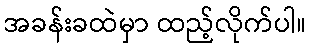
အခန်းခထဲမှာ ထည့်လိုက်ပါ။